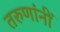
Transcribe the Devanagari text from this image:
तरुणांनीं